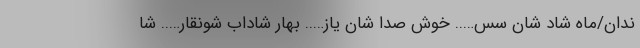
ندان/ماه شاد شان سس….. خوش صدا شان یاز….. بهار شاداب شونقار….. شا